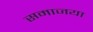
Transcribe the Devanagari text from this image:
समाजया